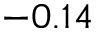
- 0 . 1 4